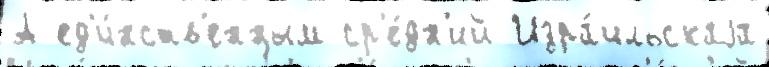
А ед'и́нств'енным ср'е́дн'ий Изра́ильскаjа